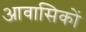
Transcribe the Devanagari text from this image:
आवासिकों